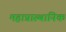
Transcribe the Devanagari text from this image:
महाप्रास्थानिक